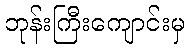
ဘုန်းကြီးကျောင်းမှ